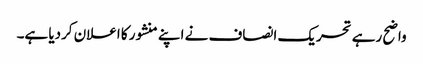
واضح رہے تحریک انصاف نے اپنے منشور کا اعلان کردیا ہے۔